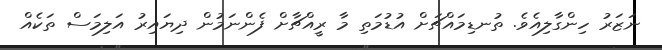
ނަޒަރު ހިންގާލިއެވެ. ތުނޑިމައްޗަށް އުޑުމަތި މާ ރީއްޗާށް ފެންނަމުން ދިޔައިރު އަލިމަސް ތަކެއް